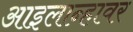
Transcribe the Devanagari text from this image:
आइलान्हावर